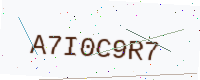
Text: A7I0C9R7